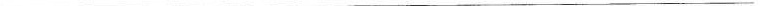
___